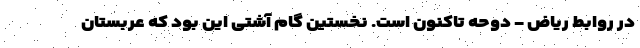
در روابط ریاض - دوحه تاکنون است. نخستین گامِ آشتی این بود که عربستان